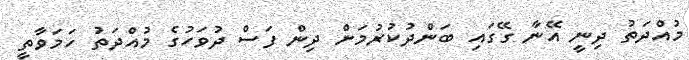
މުއްދަތު ދިނީ އޭނާ ގޭގައި ބަންދުކުރުމަށް ދިން ފަސް ދުވަހުގެ މުއްދަތު ހަމަވާތީ